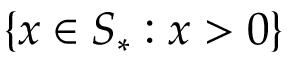
\{ x \in S _ { * } : x > 0 \}